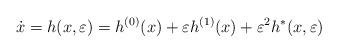
LaTeX: \begin{align*} \dot x=h(x,\varepsilon)=h^{(0)}(x)+\varepsilon h^{(1)}(x)+\varepsilon^2 h^*(x,\varepsilon) \end{align*}